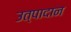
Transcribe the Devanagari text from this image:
उत्पादान